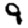
Digit: 9